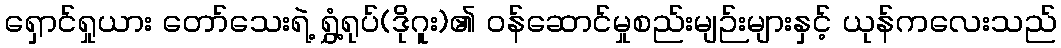
ရှောင်ရှုယား တော်သေးရဲ့ ရွှံ့ရုပ်(ဒိုဂူး)၏ ဝန်ဆောင်မှုစည်းမျဉ်းများနှင့် ယုန်ကလေးသည်